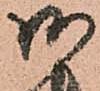
御